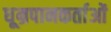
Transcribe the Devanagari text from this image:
धूम्रपानकर्ताओं